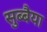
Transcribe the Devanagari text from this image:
सुब्बैया